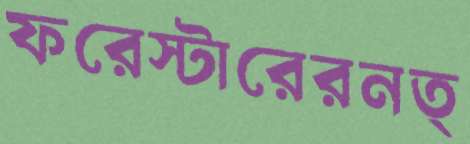
ফরেস্টারেরনত্